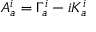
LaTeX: A _ { a } ^ { i } = \Gamma _ { a } ^ { i } - i K _ { a } ^ { i }